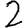
Digit: 2